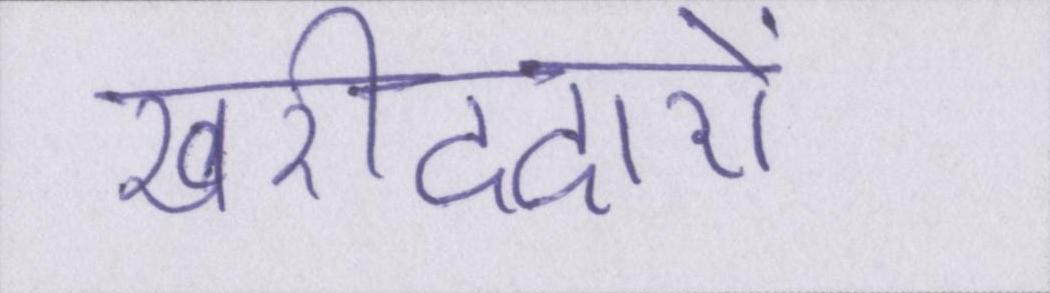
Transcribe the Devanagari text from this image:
खरीददारों